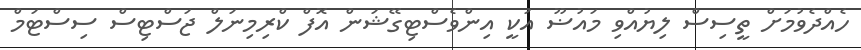
ހެއްދެވުމަށް ތީސިސް ލިޔުއްވި މައުޟޫ އަކީ އިންވެސްޓިގޭޝަން އޮފް ކްރިމިނަލް ޖަސްޓިސް ސިސްޓަމް